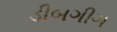
ડીબગીગ